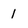
Character: 1